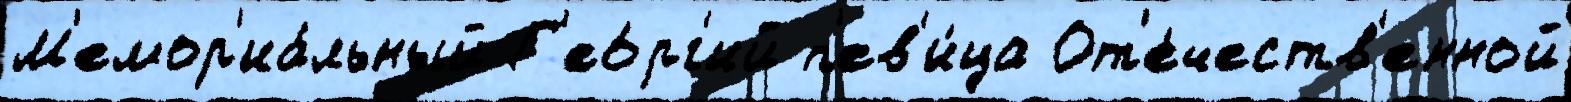
М'емор'иа́льный Г'ео́рг'ий п'ев'и́ца От'е́честв'енной